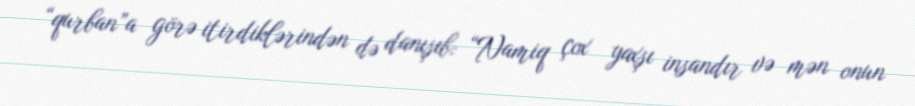
“qurban”a görə itirdiklərindən də danışıb: “Namiq çox yaxşı insandır və mən onun